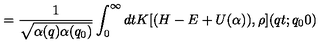
= \frac { 1 } { \sqrt { \alpha ( q ) \alpha ( q _ { 0 } ) } } \int _ { 0 } ^ { \infty } d t K [ ( H - E + U ( \alpha ) ) , \rho ] ( q t ; q _ { 0 } 0 )